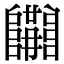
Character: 𨽝